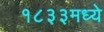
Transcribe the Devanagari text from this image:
१८३३मध्ये